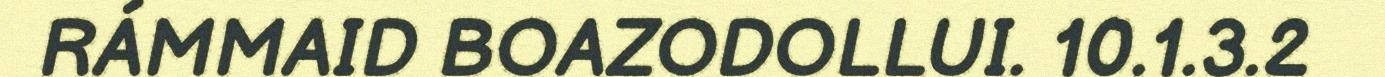
RÁMMAID BOAZODOLLUI. 10.1.3.2